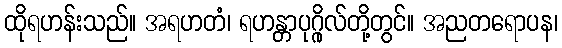
ထိုရဟန်းသည်။ အရဟတံ၊ ရဟန္တာပုဂ္ဂိုလ်တို့တွင်။ အညတရောပန၊